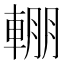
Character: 輣